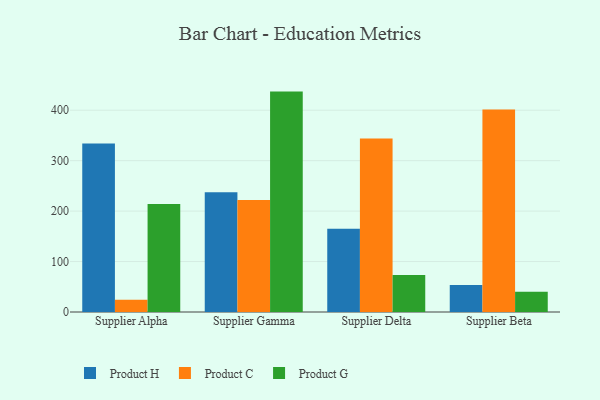
{"axis": {"x": "Supplier", "y": "Temperature (°C)"}, "legend": ["Product C", "Product G", "Product H"], "data": [{"x": "Supplier Alpha", "y": 334.2, "type": "Product H"}, {"x": "Supplier Alpha", "y": 24.3, "type": "Product C"}, {"x": "Supplier Alpha", "y": 214.3, "type": "Product G"}, {"x": "Supplier Gamma", "y": 237.6, "type": "Product H"}, {"x": "Supplier Gamma", "y": 221.9, "type": "Product C"}, {"x": "Supplier Gamma", "y": 436.9, "type": "Product G"}, {"x": "Supplier Delta", "y": 164.8, "type": "Product H"}, {"x": "Supplier Delta", "y": 343.8, "type": "Product C"}, {"x": "Supplier Delta", "y": 73.4, "type": "Product G"}, {"x": "Supplier Beta", "y": 53.7, "type": "Product H"}, {"x": "Supplier Beta", "y": 401.6, "type": "Product C"}, {"x": "Supplier Beta", "y": 40.3, "type": "Product G"}]}